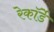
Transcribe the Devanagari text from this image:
रेकॉर्डे